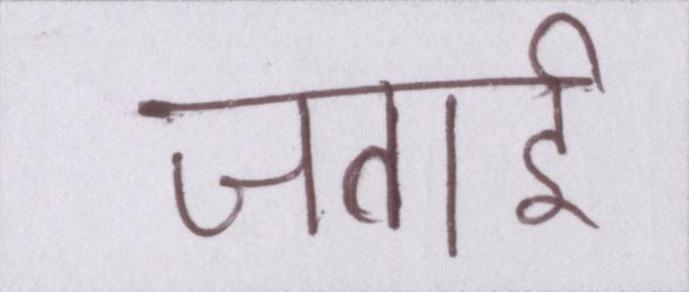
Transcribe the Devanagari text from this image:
जताई